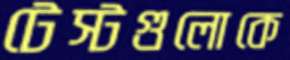
টেস্টগুলোকে